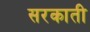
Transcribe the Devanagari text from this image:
सरकाती